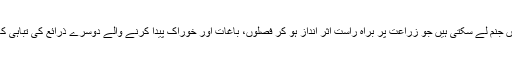
اس کے ساتھ ساتھ گلوبل وارمنگ کی وجہ سے خوفناک موسمی تبدیلیاں جنم لے سکتی ہیں جو زراعت پر براہ راست اثر انداز ہو کر فصلوں، باغات اور خوراک پیدا کرنے والے دوسرے ذرائع کی تباہی کا باعث بن کر آنے والے دنوں میں خوفناک قحط کو جنم دے سکتی ہیں۔